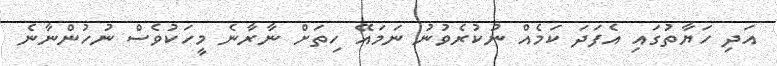
އަދި ހަޔާތުގައިި އެފަދަ ކަމެއް ނުކުރެވުނު ނަމައޭ ހިތަށް ނާރާނެ މީހަކުވެސް ނުހުންނާނެ